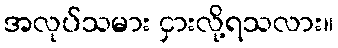
အလုပ်သမား ငှားလို့ရသလား။